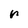
Character: r